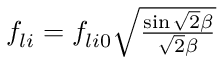
\begin{array} { r } { f _ { l i } = f _ { l i 0 } \sqrt { \frac { \sin \sqrt { 2 } \beta } { \sqrt { 2 } \beta } } } \end{array}